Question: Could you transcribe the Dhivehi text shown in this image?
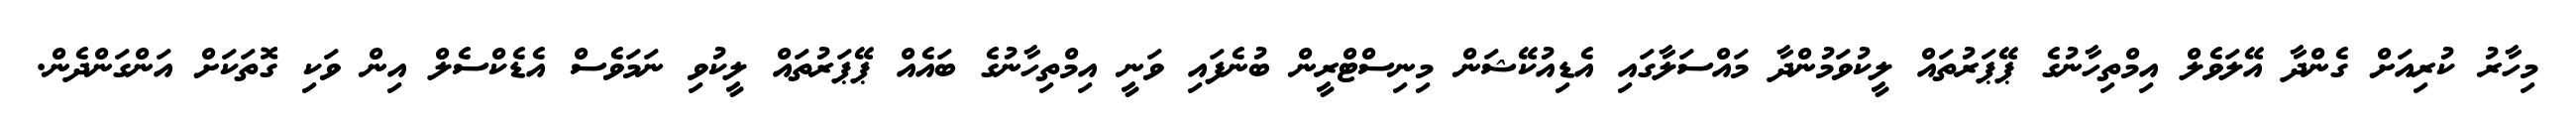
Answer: މިހާރު ކުރިއަށް ގެންދާ އޭލަވެލް އިމްތިހާނުގެ ޕޭޕަރުތައް ލީކުވަމުންދާ މައްސަލާގައި އެޑިއުކޭޝަން މިނިސްޓްރީން ބުނެފައި ވަނީ އިމްތިހާނުގެ ބައެއް ޕޭޕަރުތައް ލީކުވި ނަމަވެސް އެޑެކްސެލް އިން ވަކި ގޮތަކަށް އަންގަންދެން.